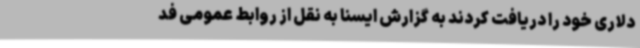
دلاری خود را دریافت کردند به گزارش ایسنا به نقل از روابط عمومی فد